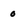
Character: 0